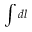
\int d l